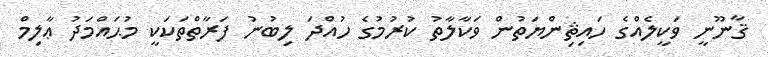
ޤާނޫނީ ވަކީލެއްގެ ހައިޘިންޔަތުން ވަކާލާތު ކުރުމުގެ ހުއްދަ ލިބުނު ފަރާތްތަކަކީ މުޙައްމަދު ޢާލިމް